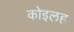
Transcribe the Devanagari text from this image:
कोइलह